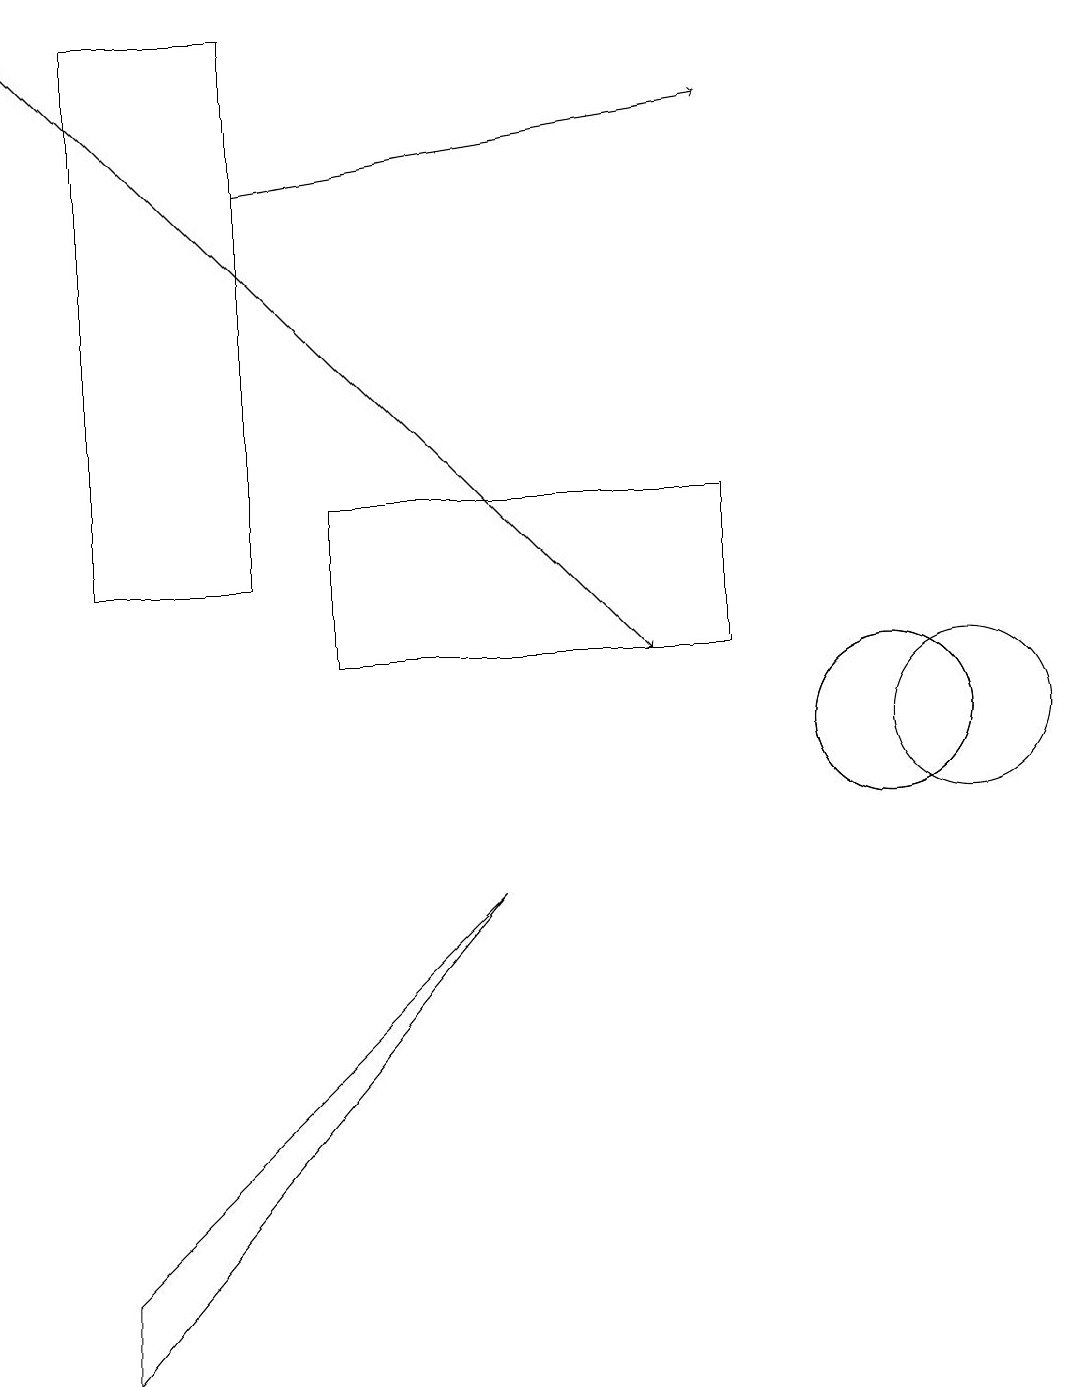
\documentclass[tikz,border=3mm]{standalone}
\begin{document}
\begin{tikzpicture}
\draw (11,10) circle (1);
\draw[->] (3,17) -- (9,18);
\draw (11,10) circle (1);
\draw (12,10) circle (1);
\draw (9,13) rectangle (4,11);
\draw (3,12) rectangle (1,19);
\draw (1,3) -- (1,2) -- (6,8) -- cycle;
\draw[->] (0,19) -- (8,11);
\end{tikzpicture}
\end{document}